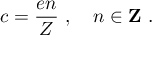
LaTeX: c = \frac { e n } { Z } \ , \quad n \in { \bf Z } \ .